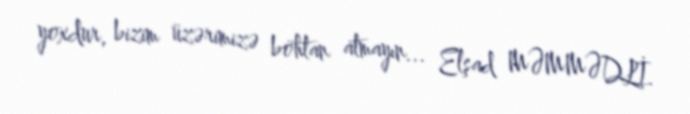
yoxdur, bizim üzərimizə böhtan atmayın... Elşad MƏMMƏDLİ.